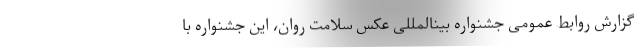
گزارش روابط عمومی جشنواره بینالمللی عکس سلامت روان، این جشنواره با